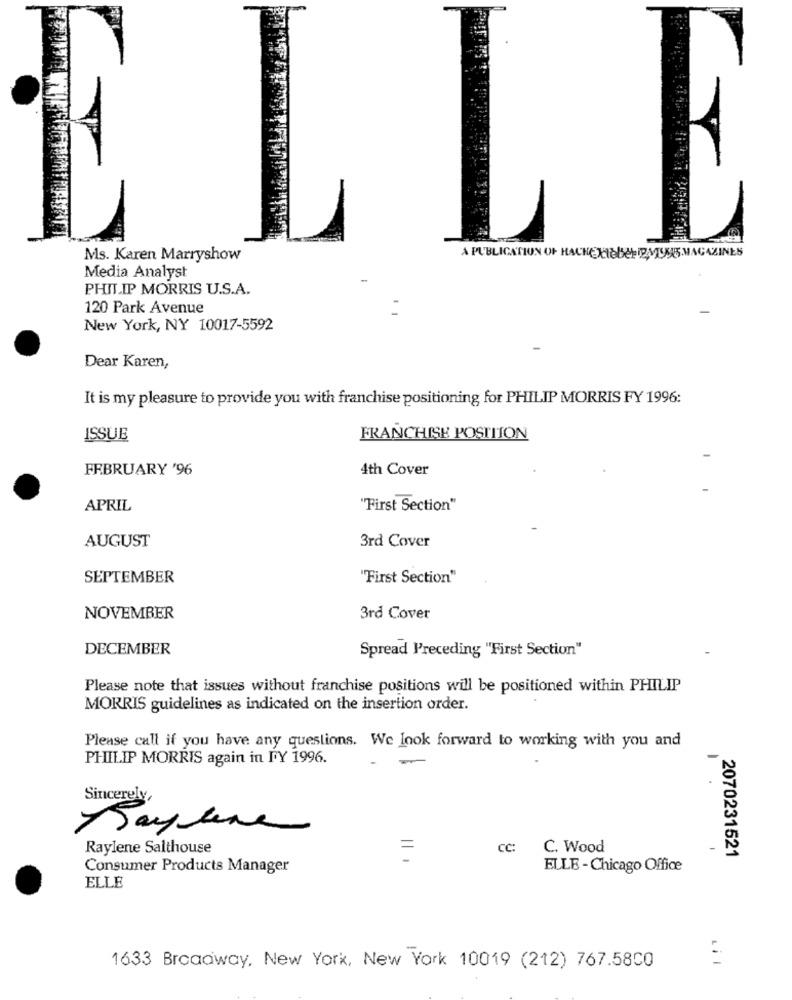
LLE
Ms. Karen Marryshow
A PUBLICATION OF HACHETTEber IBMTyUS.MAGAZINES
Media Analyst
PHILIP MORRIS U.S.A.
120 Park Avenue
New York, NY 10017-5592
Dear Karen,
It is my pleasure to provide you with franchise positioning for PHILIP MORRIS FY 1996:
ISSUE
FRANCHISE POSITION
FEBRUARY '96
4th Cover
APRIL
"First Section"
AUGUST
3rd Cover
SEPTEMBER
"First Section"
NOVEMBER
3rd Cover
DECEMBER
Spread Preceding "First Section"
Please note that issues without franchise positions will be positioned within PHILIP
MORRIS guidelines as indicated on the insertion order.
Please call if you have any questions. We look forward to working with you and
PHILIP MORRIS again in FY 1996.
Sincerely,
Raylene Salthouse
CC:
C. Wood
-
2070231521
Consumer Products Manager
ELLE - Chicago Office
ELLE
1633 Broadway, New York, New York 10019 (212) 767.5800